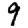
Digit: 9